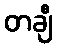
တချီ